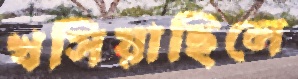
খসিয়াছিলে